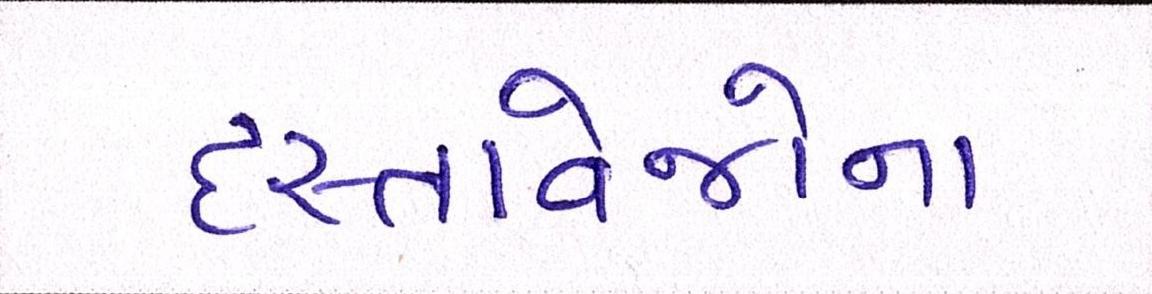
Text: દસ્તાવેજોના